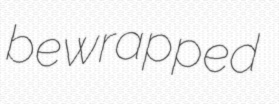
bewrapped